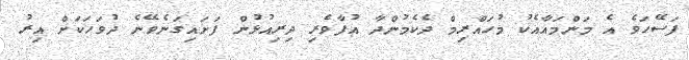
ފަސޭހަވެ އެ މަންމައާއެކު މުހައްރިމް ދެކެމުންދާ އުފާވެރި ދިރިއުޅުން ފަށައިގަނެވޭނެ ދުވަހަކަށް އިރު